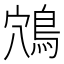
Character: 鴪